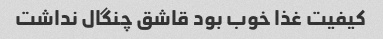
کیفیت غذا خوب بود قاشق چنگال نداشت